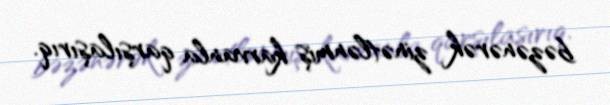
bəzənərək zinətlənmiş karvanla qarşılaşırıq.